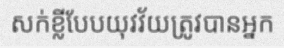
សក់ខ្លីបែបយុវវ័យត្រូវបានអ្នក